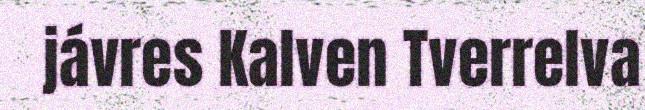
jávres Kalven Tverrelva